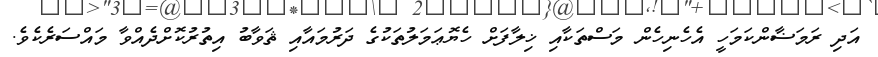
އަދި ރަމަޟާންކަމަހީ އެހެނިހެން މަސްތަކާއި ޚިލާފަށް ހެޔޮޢަމަލުތަކުގެ ދަރުމައާއި ޘަވާބު އިތުރުކޮށްދެއްވާ މައްސަަރެކެވެ.